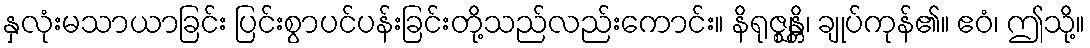
နှလုံးမသာယာခြင်း ပြင်းစွာပင်ပန်းခြင်းတို့သည်လည်းကောင်း။ နိရုဇ္ဈန္တိ၊ ချုပ်ကုန်၏။ ဧဝံ၊ ဤသို့။